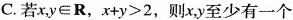
C.若x，y\in R，$$x+y>2$$，则x，y至少有一个